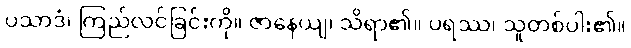
ပသာဒံ၊ ကြည်လင်ခြင်းကို။ ဇာနေယျ၊ သိရာ၏။ ပရဿ၊ သူတစ်ပါး၏။